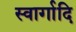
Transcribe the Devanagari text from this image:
स्वार्गादि